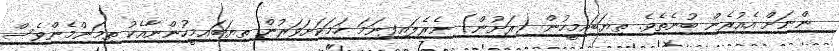
ންނަށް އެއުރެން ބުނެތެވެ. ތިޔަބައިމީހުން (ރަށުން) ނެރެލައިފިނަމަ ހަމަކަށަވަރުން ތިޔަބައިމީހުންނާއެކު ތިމަންމެންވެސް